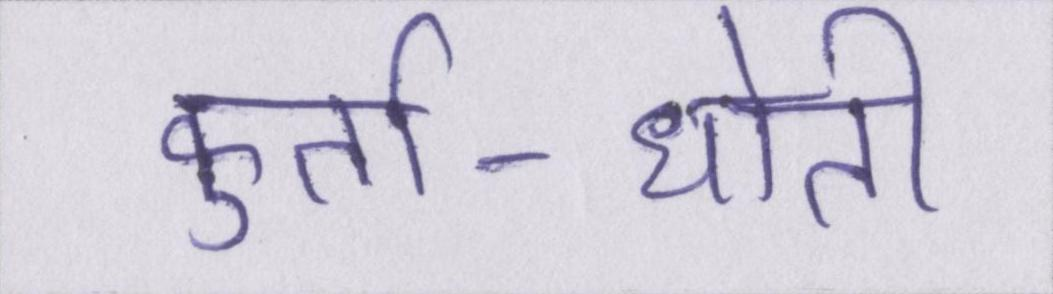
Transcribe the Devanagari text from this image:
कुर्ता-धोती